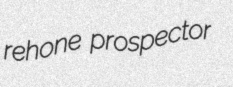
rehone prospector